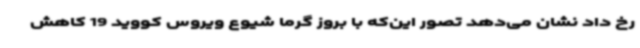
رخ داد نشان می‌دهد تصور این‌که با بروز گرما شیوع ویروس کووید 19 کاهش